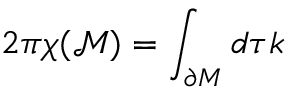
2 \pi \chi ( \mathcal { M } ) = \int _ { \partial { \cal M } } d \tau k